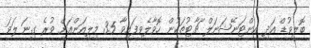
ބޮލީވުޑް އަދި އިންޓަނޭޝަނަލް ޗާޓުތަކުން ހޮވާލެވިފައިވާ 3.5 މިލިއަންއަށް ވުރެ ގިނަ ލަވަ